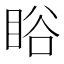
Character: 䀰